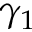
\gamma _ { 1 }